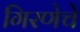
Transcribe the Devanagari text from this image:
गिरणेचे